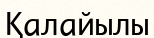
Қалайылы